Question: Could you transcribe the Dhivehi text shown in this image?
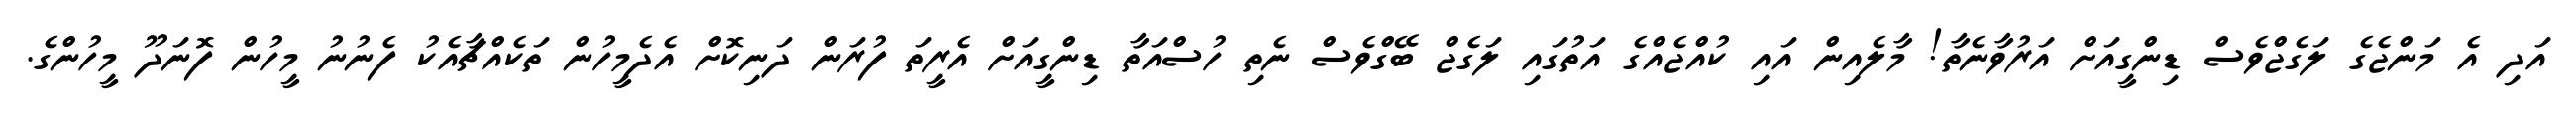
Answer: އަދި އެ މަންޖެގެ ލަގެޖްވެސް ޑިންގީއަށް އަރުވާނެތާ! މާލެއިން އައި ކުއްޖެއްގެ އަތުގައި ލަގެޖް ބޭގްވެސް ނެތި ހުސްއަތާ ޑިންގީއަށް އެރީތަ ފުރަން ދަނިކޮށް އެދެމީހުން ތަކެއްޗާއެކު ފެނުނު މީހުން ފޮނަދޫ މީހުންގެ.